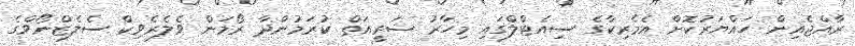
ރާއްޖެއިން ހައްޔަރުކޮށް އެމެރިކާގެ ސިއެޓްލްގައި މިހާރު ޝަރީއަތް ކުރަމުންދާ ރޯމަން ވެލެރެވިކް ސެލެޒްނޯވްގެ